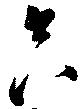
只